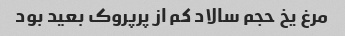
مرغ یخ حجم سالاد کم از پرپروک بعید بود